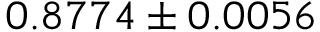
0 . 8 7 7 4 \pm 0 . 0 0 5 6